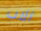
الاب